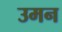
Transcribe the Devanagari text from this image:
उमन